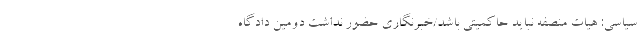
سیاسی: هیات منصفه نباید حاکمیتی باشد/خبرنگاری حضور نداشت دومین دادگاه